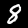
Digit: 8